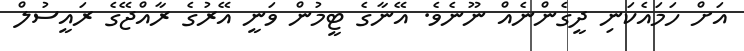
އަށް ހަމައެކަނި ދީގެންނެއް ނޫނެވެ. އޭނާގެ ޓީމުން ވަނީ އޭރުގެ ރާއްޖޭގެ ރައީސުލް